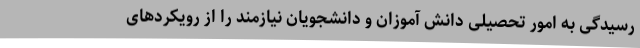
رسیدگی به امور تحصیلی دانش آموزان و دانشجویان نیازمند را از رویکردهای